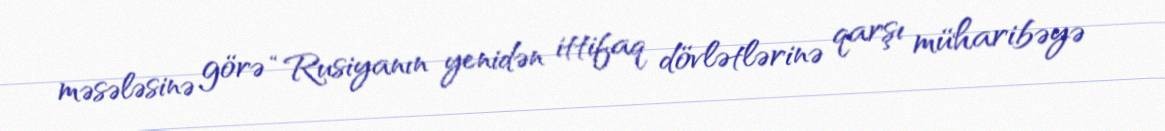
məsələsinə görə “Rusiyanın yenidən ittifaq dövlətlərinə qarşı müharibəyə